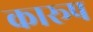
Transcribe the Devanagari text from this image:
कारूप